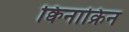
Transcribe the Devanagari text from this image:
क्विनाक्रिन